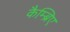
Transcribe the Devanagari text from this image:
कैम्ब्रिए